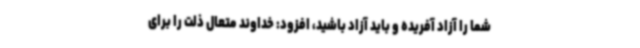
شما را آزاد آفریده و باید آزاد باشید، افزود: خداوند متعال ذلت را برای